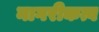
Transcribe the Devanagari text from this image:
नागरीकत्व